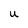
Character: U